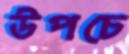
উপচে